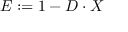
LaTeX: E : = 1 - D \cdot X